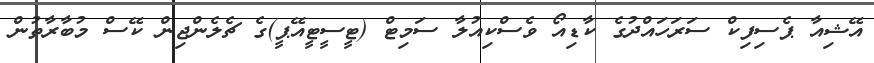
އޭޝިއާ ޕެސިފިކް ސަރަހައްދުގެ ކާޑިއޯ ވެސްކިއުލާ ސަމިޓް (ޓީސީޓީއޭޕީ)ގެ ޗެލެންޖިން ކޭސް މުބާރާތުން